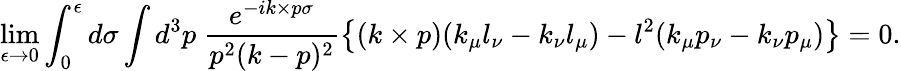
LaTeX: \operatorname*{lim}_{\epsilon\to 0}\int_{0}^{\epsilon}d\sigma\int d^{3}p~\frac{e^{-ik\times p\sigma}}{p^{2}(k-p)^{2}}\left\{ (k\times p)(k_{\mu}l_{\nu}-k_{\nu}l_{\mu})-l^{2}(k_{\mu}p_{\nu}-k_{\nu}p_{\mu})\right\} =0.